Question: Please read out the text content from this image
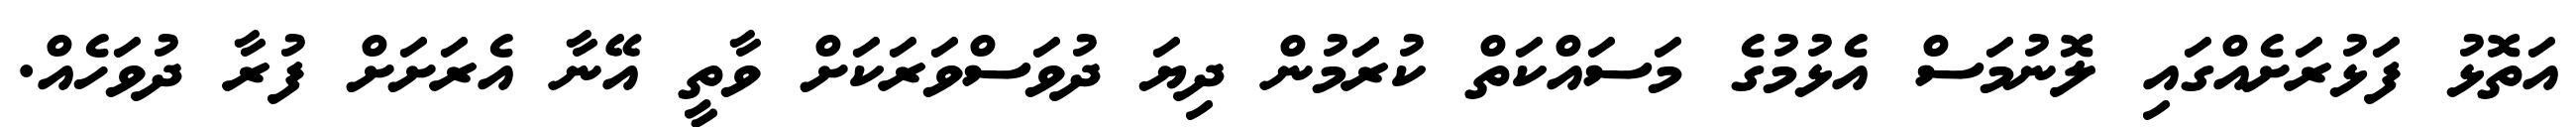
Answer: އަތޮޅު ފަޅުރަށެއްގައި ލޮނުމަސް އެޅުމުގެ މަސައްކަތް ކުރަމުން ދިޔަ ދުވަސްވަރަކަށް ވާތީ އޭނާ އެރަށަށް ފުރާ ދުވަހެއް.